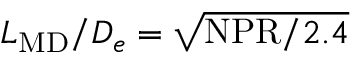
L _ { \mathrm { M D } } / D _ { e } = \sqrt { \mathrm { N P R } / 2 . 4 }